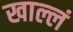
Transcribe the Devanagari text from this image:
खाल्लं